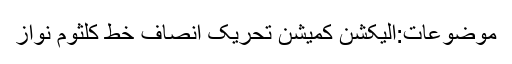
موضوعات:الیکشن کمیشن تحریک انصاف خط کلثوم نواز